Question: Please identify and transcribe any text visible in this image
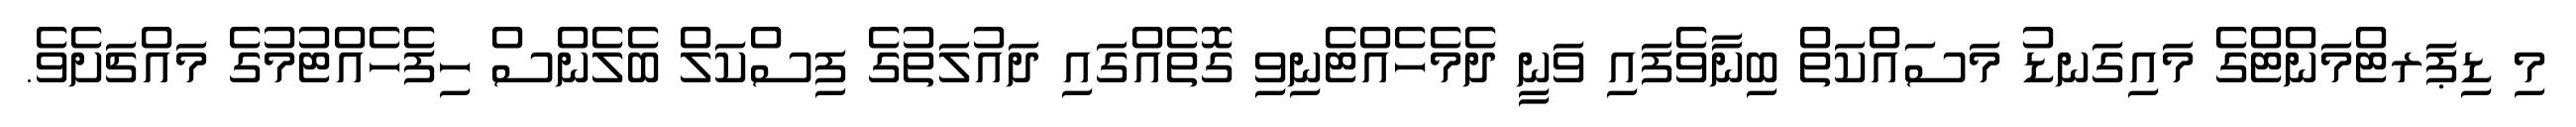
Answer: މި ޑިޕަރޓްމަންޓްގެ މައިގަނޑު މަސައްކަތް ބިނާވެފައި ވަނީ ދެމެހެއްޓެނިވި ގޮތެއްގައި ދައުލަތުގެ ފިސްކަލް ބެލެންސް ހިފެހެއްޓުމުގެ މައްޗަށެވެ.